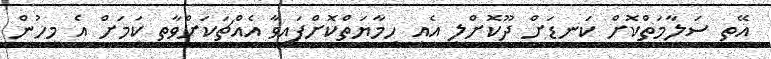
އޭތި ސަލާމަތްކޮށް ކަނޑަށް ދޫކޮށްލީ އެއީ ހިމާޔަތްކޮށްފައިވާ އެއްޗަކަށްވާތީ ކަމަށް އެ މީހުން